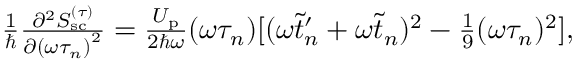
\begin{array} { r } { \frac { 1 } { \hbar } \frac { \partial ^ { 2 } S _ { \mathrm { s c } } ^ { ( \tau ) } } { \partial { ( \omega \tau _ { n } ) } ^ { 2 } } = \frac { U _ { \mathrm { p } } } { 2 \hbar \omega } ( \omega \tau _ { n } ) [ ( \omega \tilde { t } _ { n } ^ { \prime } + \omega \tilde { t } _ { n } ) ^ { 2 } - \frac { 1 } { 9 } ( \omega \tau _ { n } ) ^ { 2 } ] , } \end{array}